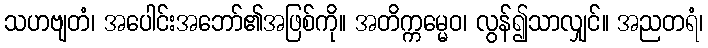
သဟဗျတံ၊ အပေါင်းအဘော်၏အဖြစ်ကို။ အတိက္ကမ္မေဝ၊ လွန်၍သာလျှင်။ အညတရံ၊